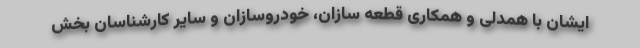
ایشان با همدلی و همکاری قطعه سازان، خودروسازان و سایر کارشناسان بخش